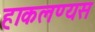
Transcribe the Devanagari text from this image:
हाकलण्यस